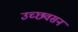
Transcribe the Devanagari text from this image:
उच्छवसन